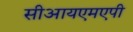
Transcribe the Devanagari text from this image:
सीआयएमएपी